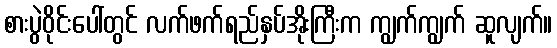
စားပွဲဝိုင်းပေါ်တွင် လက်ဖက်ရည်နှပ်အိုးကြီးက ကျွက်ကျွက် ဆူလျက်။